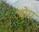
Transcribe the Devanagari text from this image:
चोरा